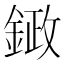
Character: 𮢙